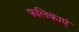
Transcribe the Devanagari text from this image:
फलिकाएं